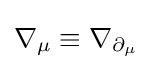
\nabla _{\mu }\equiv \nabla _{\partial _{\mu }}